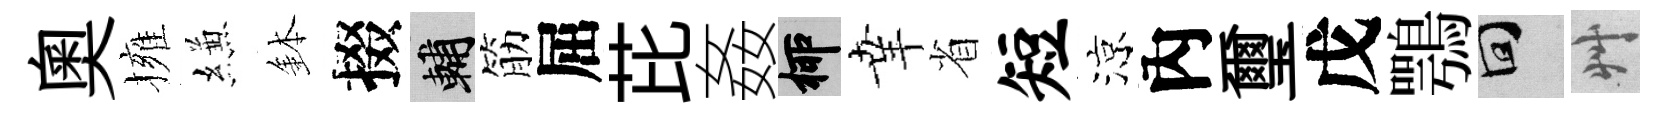
奥擁縑鉢掇輔筋屈芘姦柳𦍒省短涼內璽戊鶚回艸